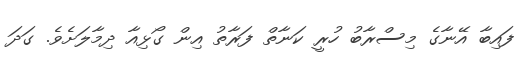
ފައިބާ އޭނާގެ މިސްރާބު ހުރީ ކަނާތް ފަރާތު އިން ގޯޅިއާ ދިމާލަށެވެ. ގަދަ